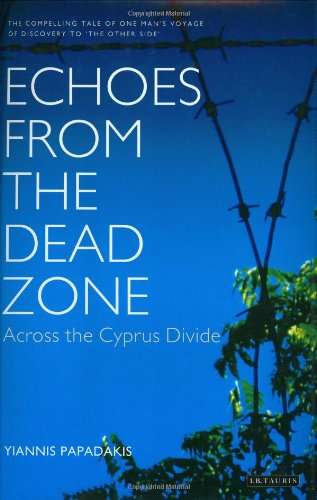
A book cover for Echoes from the Dead Zone: Across the Cyprus Divide; Yiannis Papadakis; Religion & Spirituality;